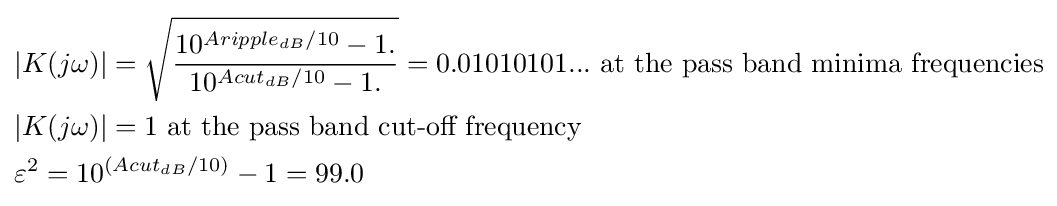
{\begin{aligned}&|K(j\omega )|={\sqrt {\frac {10^{Aripple_{dB}/10}-1.}{10^{Acut_{dB}/10}-1.}}}=0.01010101...{\text{ at the pass band minima frequencies}}\\&|K(j\omega )|=1{\text{ at the pass band cut-off frequency}}\\&\varepsilon ^{2}=10^{(Acut_{dB}/10)}-1=99.0\\\end{aligned}}